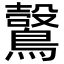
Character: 𪆑